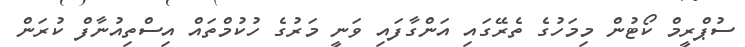
ސުޕްރީމް ކޯޓުން މިމަހުގެ ތެރޭގައި އަންގާފައި ވަނީ މަރުގެ ހުކުމްތައް އިސްތިއުނާފް ކުރަން